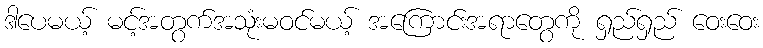
ဒါပေမယ့် မင့်အတွက်အသုံးမဝင်မယ့် အကြောင်းအရာတွေကို ရှည်ရှည် ဝေးဝေး